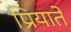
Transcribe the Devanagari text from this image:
प्रियाते